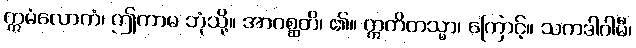
ဣမံလောကံ၊ ဤကာမ ဘုံသို့။ အာဂစ္ဆတိ၊ ၏။ ဣတိတသ္မာ၊ ကြောင့်။ သကဒါဂါမီ၊